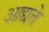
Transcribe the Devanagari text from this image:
आद्यत्ते